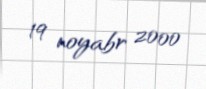
19 noyabr 2000